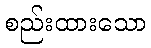
စည်းထားသော